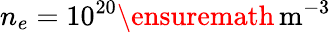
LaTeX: n_{e}=10^{20}\ensuremath{\, \mathrm{m^{-3}}}